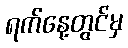
ရက်နေ့တွင်မှ